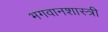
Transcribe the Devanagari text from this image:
भगवानशास्त्री